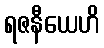
ရဇနီယေဟိ